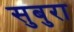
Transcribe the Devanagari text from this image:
सुबुरा